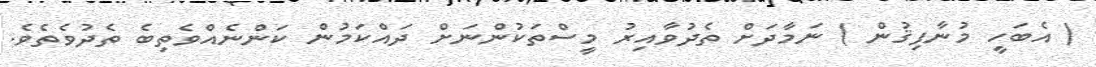
( އެބަހީ މުނާފިޤުން ) ނަމާދަށް ތެދުވާއިރު މީސްތަކުންނަށް ދައްކަމުން ކަންނެއްވެތިބެ ތެދުވެތެވެ.